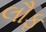
લૌફ